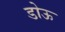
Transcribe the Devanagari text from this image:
डोऊ